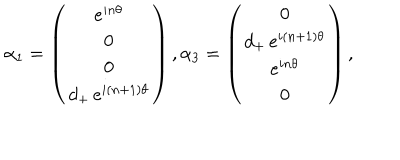
LaTeX: \alpha _ { 1 } = \left( \begin{array} { c } { { e ^ { i n \theta } } } \\ { { 0 } } \\ { { 0 } } \\ { { d _ { + } \, e ^ { i ( n + 1 ) \theta } } } \\ \end{array} \right) , \alpha _ { 3 } = \left( \begin{array} { c } { { 0 } } \\ { { d _ { + } \, e ^ { i ( n + 1 ) \theta } } } \\ { { e ^ { i n \theta } } } \\ { { 0 } } \\ \end{array} \right) ,